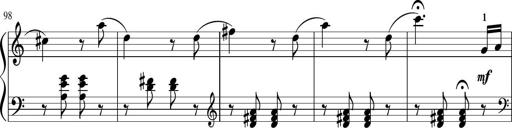
Title: Sonatina in G major
Composer: Friedrich Kuhlau
Key: G major